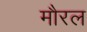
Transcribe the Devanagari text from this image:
मौरल